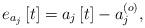
LaTeX: \begin{align*} e_{a_j}\left[t\right]=a_j\left[t\right]-a_j^{\left(o\right)},\end{align*}